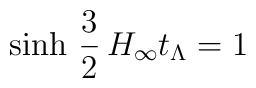
\mathrm{sinh}\ \frac{3}{2}\, H_\infty t_\Lambda = 1